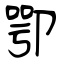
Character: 卾